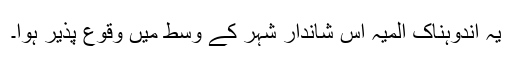
یہ اندوہناک المیہ اس شاندار شہر کے وسط میں وقوع پذیر ہوا۔